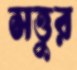
সত্তুর